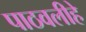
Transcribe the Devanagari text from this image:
पाठवलीहे